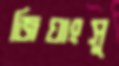
জিঘাংসু